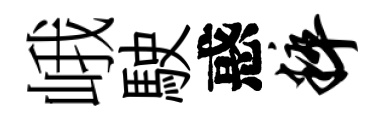
峨駛惑粹